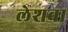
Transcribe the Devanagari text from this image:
लेशवा